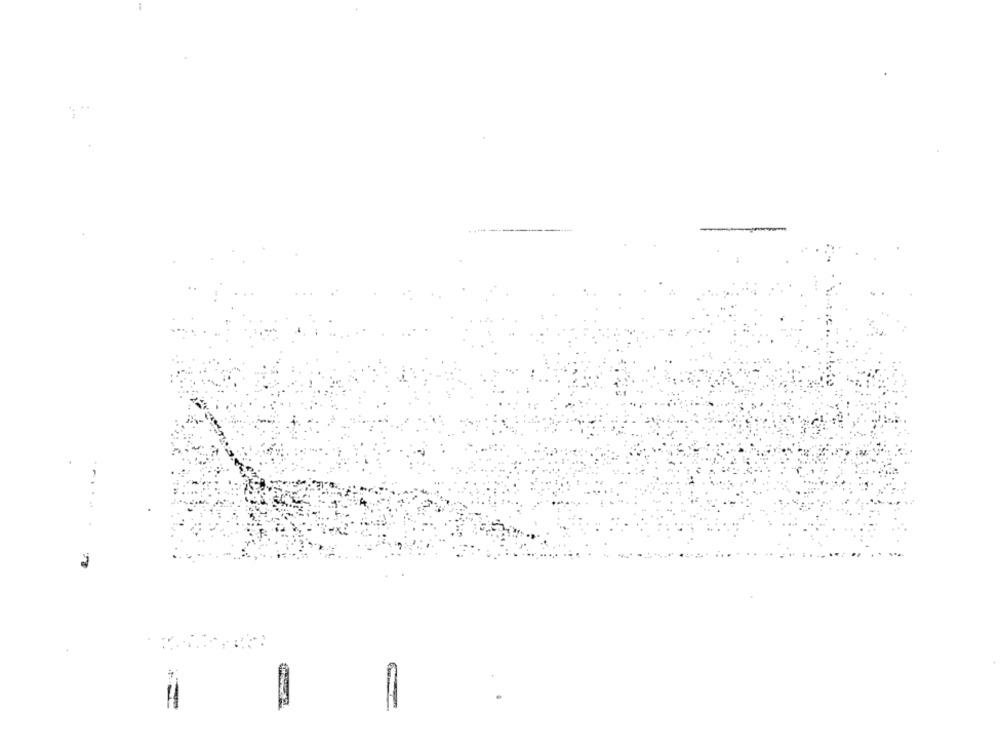
------
٠٠٠